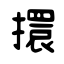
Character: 擐